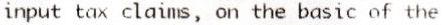
INPUT TAX CLAIMS, ON THE BASIC OF THE